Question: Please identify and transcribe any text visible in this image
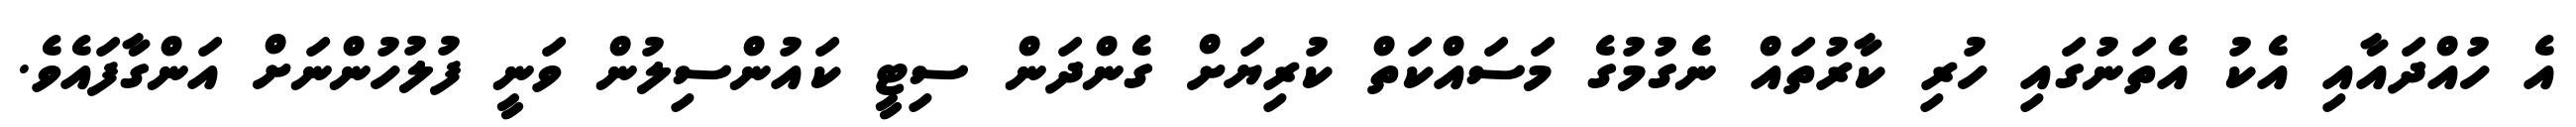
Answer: އެ ހުއްދައާއި އެކު އެތަނުގައި ހުރި ކާރުތައް ނެގުމުގެ މަސައްކަތް ކުރިޔަށް ގެންދަން ސިޓީ ކައުންސިލުން ވަނީ ފުލުހުންނަށް އަންގާފައެވެ.